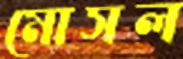
মোসল